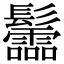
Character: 𩰂